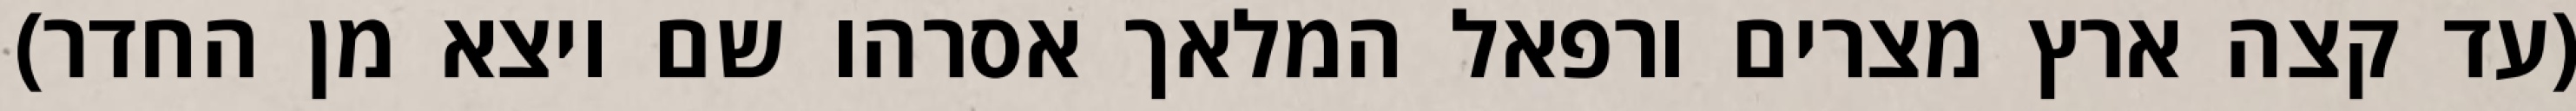
(עד קצה ארץ מצרים ורפאל המלאך אסרהו שם ויצא מן החדר)